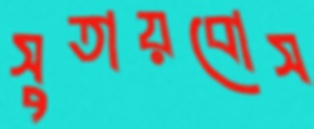
সুতায়বোস